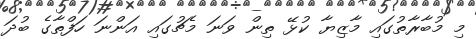
މި މުބާރާތުގައި މާޒިޔާ ކުޅޭ ތިން ވަނަ މެޗުގައި އަންނަ ހަފްތާގެ ބުދަ